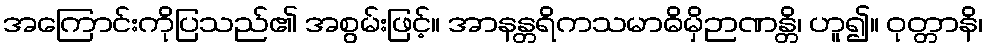
အကြောင်းကိုပြသည်၏ အစွမ်းဖြင့်။ အာနန္တရိကသမာဓိမှိဉာဏန္တိ၊ ဟူ၍။ ဝုတ္တာနိ၊